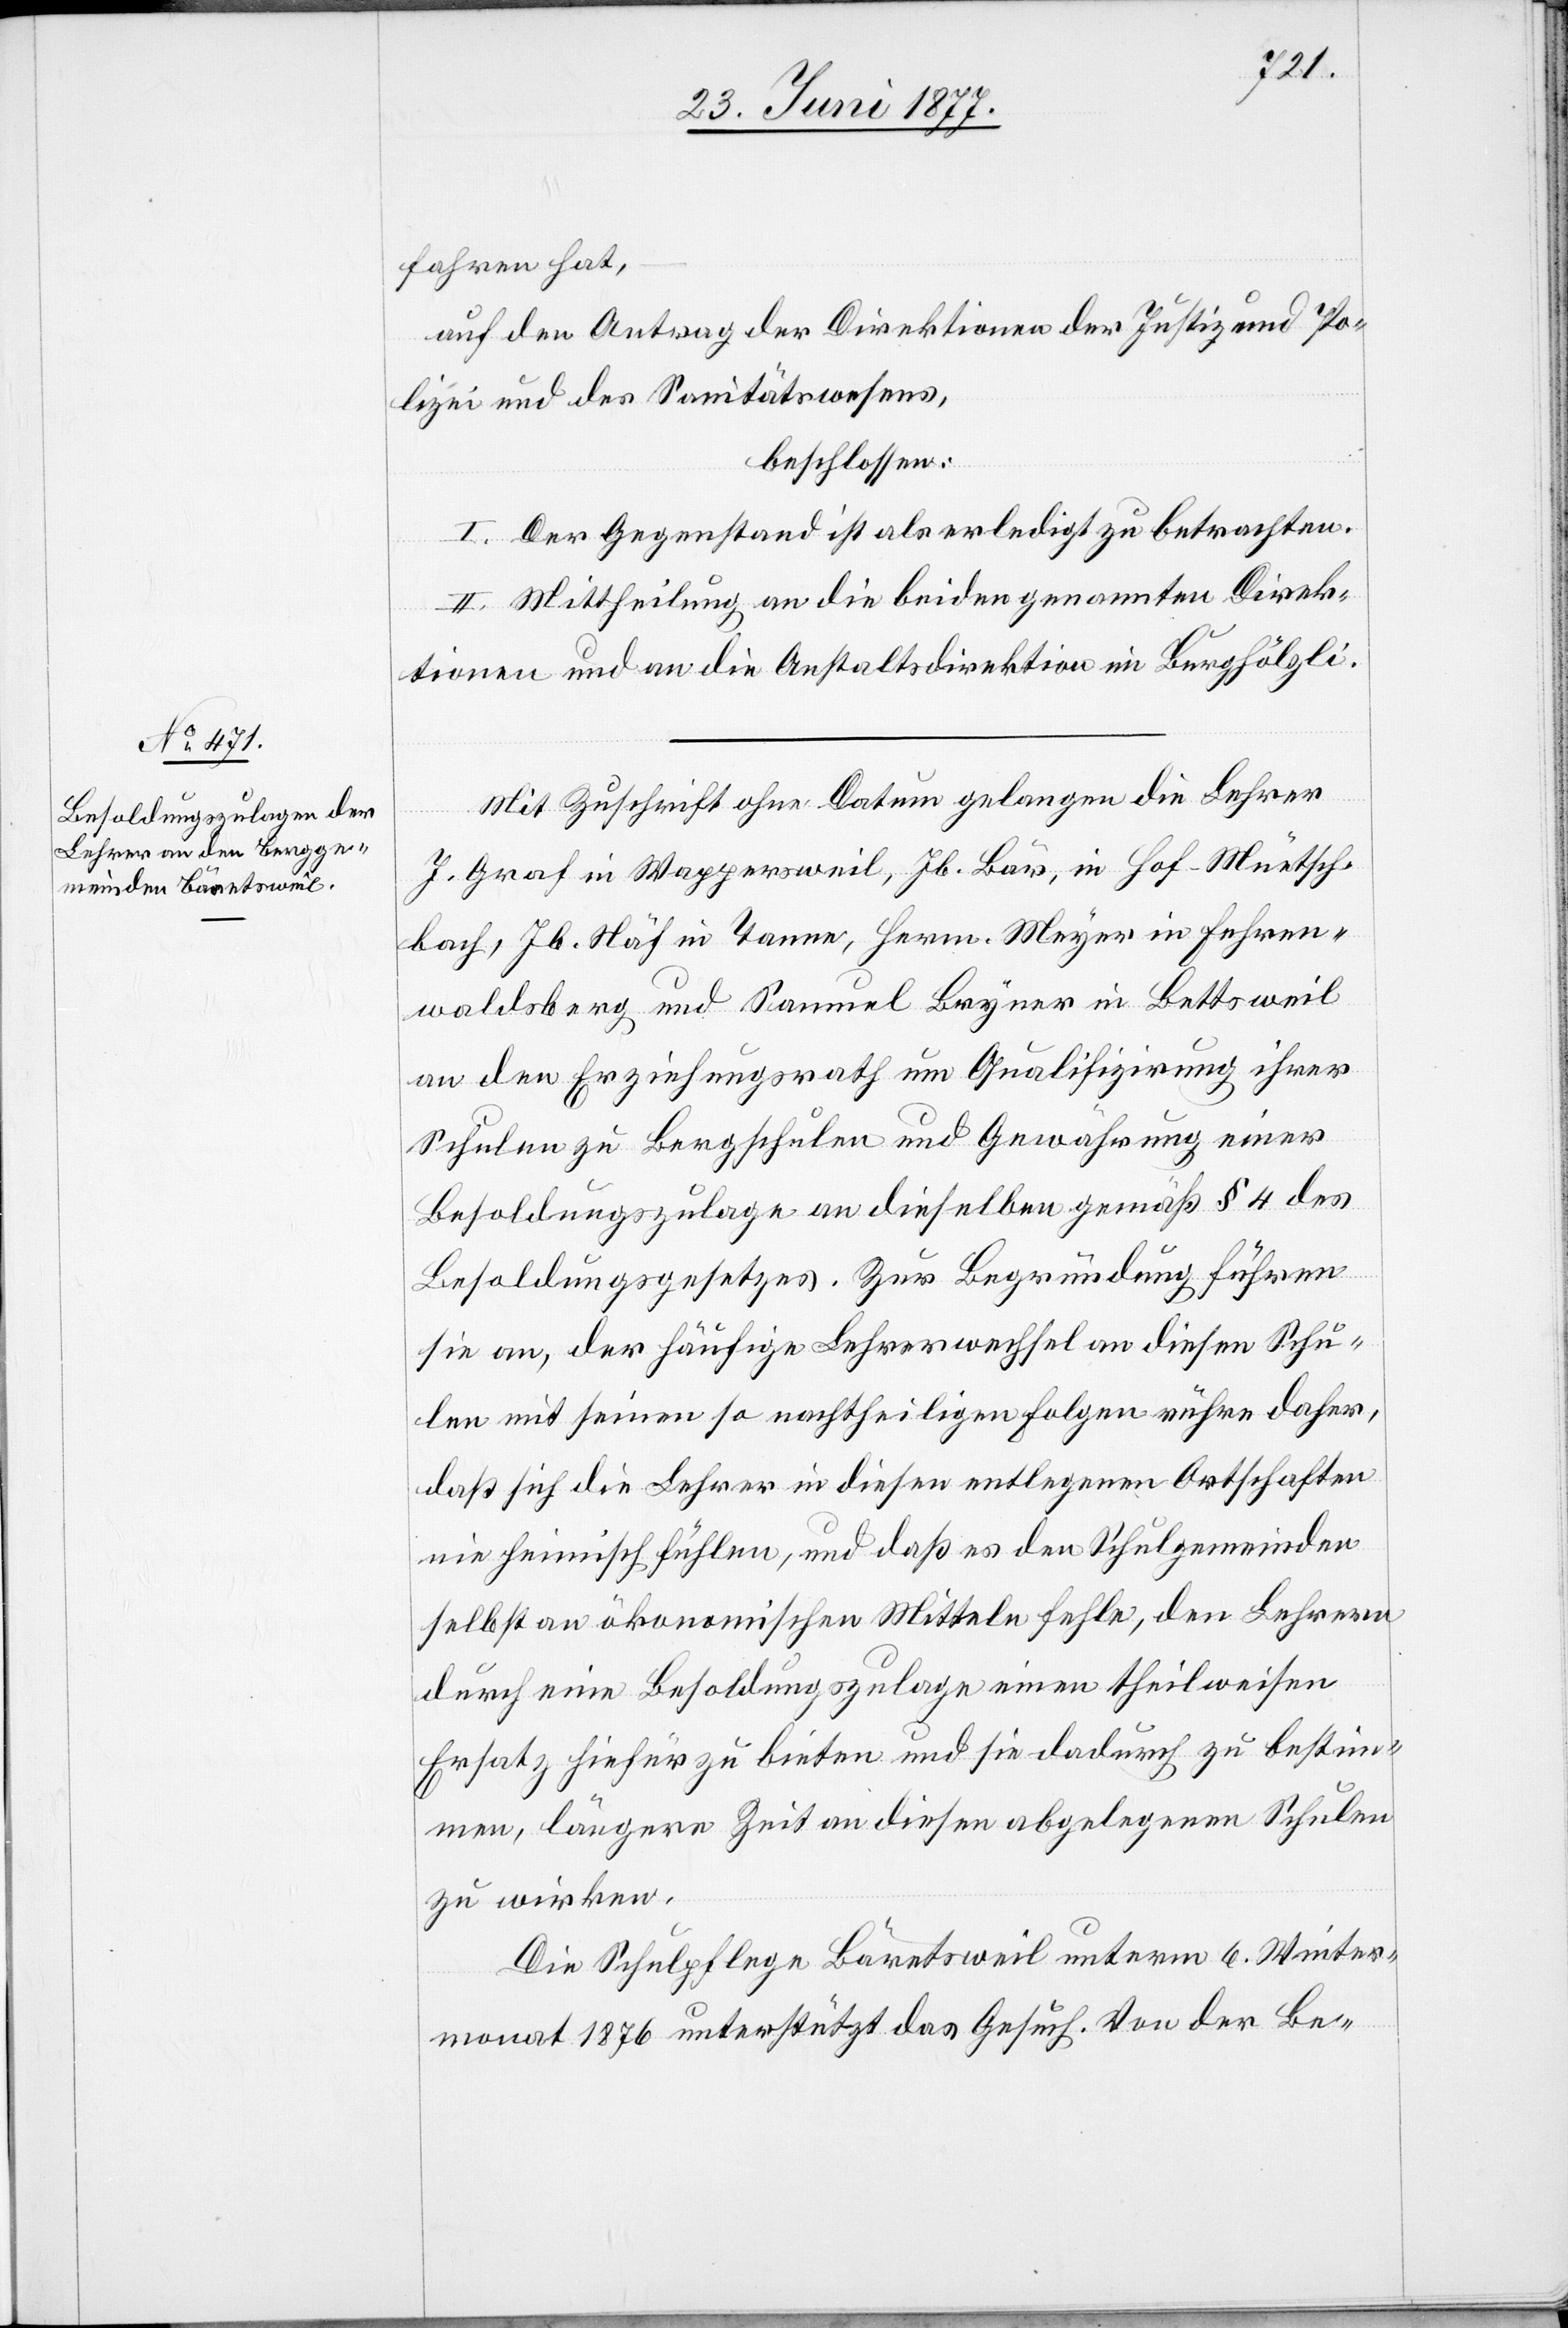
fahren hat,
auf den Antrag der Direktionen der Justiz und Po¬
lizei und des Sanitätswesens,
beschlossen:
I. Der Gegenstand ist als erledigt zu betrachten.
II. Mittheilung an die beiden genannten Direk¬
tionen und an die Anstaltsdirektion im Burghölzli.
Mit Zuschrift ohne Datum gelangen die Lehrer
J. Graf in Wappersweil, Jb. Bär, in Hof-Müetsch¬
bach, Jb. Näf in Tanne, Herm. Meyer in Fehren¬
waldsberg und Samuel Bryner in Bettsweil
an den Erziehungsrath um Qualifizirung ihrer
Schulen zu Bergschulen und Gewährung einer
Besoldungszulage an dieselben gemäß § 4 des
Besoldungsgesetzes. Zur Begründung führen
sie an, der häufige Lehrerwechsel an dieseln Schu¬
len mit seinen nachtheiligen Folgen rühre daher,
daß sich die Lehrer in diesen entlegenen Ortschaften
nie heimisch fühlen, und daß es den Schulgemeinden
selbst an ökonomischen Mitteln fehle, den Lehrern
durch eine Besoldungszulage einen theilweisen
Ersatz hiefür zu bieten und sie dadurch zu bestim¬
men, längere Zeit an diesen abgelegenen Schulen
zu wirken.
Die Schulpflege Bäretsweil unterm 6. Winter¬
monat 1876 unterstützt das Gesuch. Von der Be-